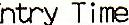
ENTRY TIME